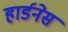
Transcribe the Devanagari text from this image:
हार्डनेस